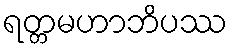
ရတ္တမဟာဘိပဿ